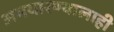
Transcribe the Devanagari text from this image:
अभयारण्यालाही